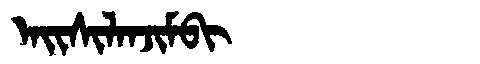
Manchu: ᠠᡳᠰᡳᠯᠠᠨᠵᡳᠮᠪᡳ
Romanization: AISILANJIMBI